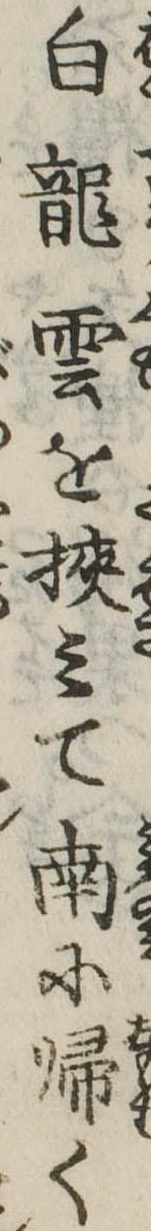
白竜雲を挟みて南に帰く